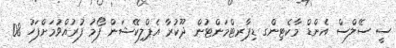
ސީ ސޭލްސް އެންޑް މާކެޓިންގ ޑިޕާރޓްމަންޓުން ދޫކުރާ އެޕްލިކޭޝަން ފޯމު ފުރުއްވުމަށްފަހު 08